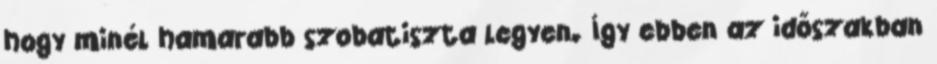
hogy minél hamarabb szobatiszta legyen. Így ebben az időszakban